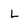
Character: L